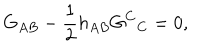
G _ { A B } - \frac { 1 } { 2 } h _ { A B } G ^ { C } \hspace { . 5 m m } _ { C } = 0 ,